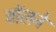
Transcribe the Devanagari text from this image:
वॉलने